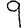
Digit: 9